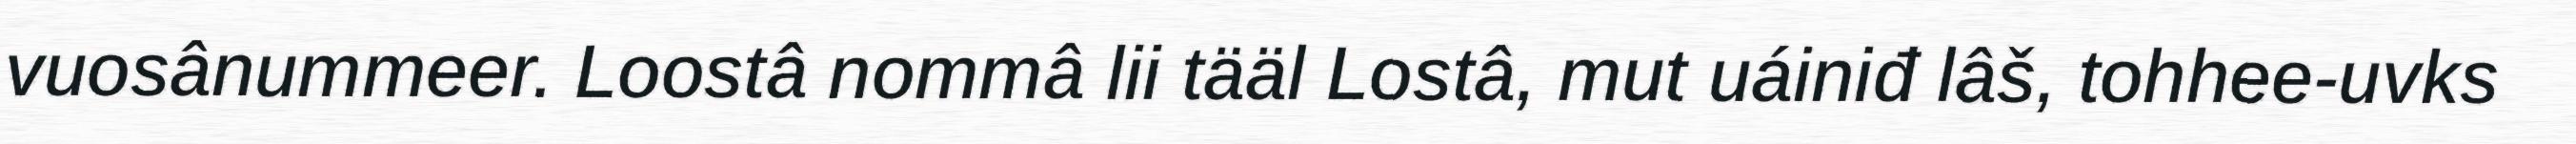
vuosânummeer. Loostâ nommâ lii tääl Lostâ, mut uáiniđ lâš, tohhee-uvks